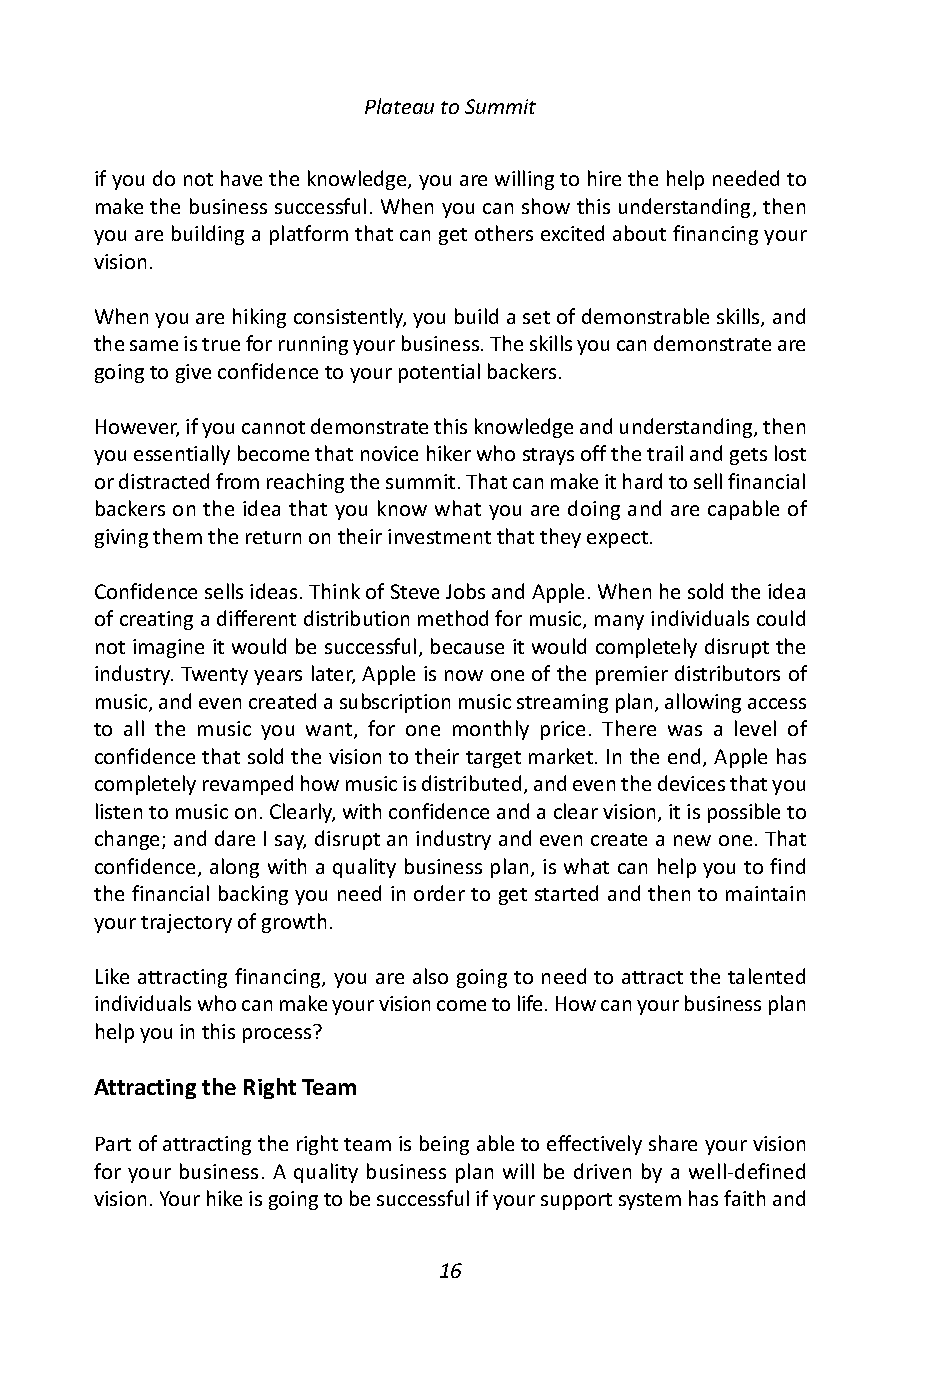
Plateau to Summit
 if you do not have the knowledge, you are willing to hire the help needed to
 make the business successful. When you can show this understanding, then
 you are building a platform that can get others excited about financing your
 vision.
 When you are hiking consistently, you build a set of demonstrable skills, and
 the same is true for running your business. The skills you can demonstrate are
 going to give confidence to your potential backers.
 However, if you cannot demonstrate this knowledge and understanding, then
 you essentially become that novice hiker who strays off the trail and gets lost
 or distracted from reaching the summit. That can make it hard to sell financial
 backers on the idea that you know what you are doing and are capable of
 giving them the return on their investment that they expect.
 Confidence sells ideas. Think of Steve Jobs and Apple. When he sold the idea
 of creating a different distribution method for music, many individuals could
 not imagine it would be successful, because it would completely disrupt the
 industry. Twenty years later, Apple is now one of the premier distributors of
 music, and even created a subscription music streaming plan, allowing access
 to all the music you want, for one monthly price. There was a level of
 confidence that sold the vision to their target market. In the end, Apple has
 completely revamped how music is distributed, and even the devices that you
 listen to music on. Clearly, with confidence and a clear vision, it is possible to
 change; and dare I say, disrupt an industry and even create a new one. That
 confidence, along with a quality business plan, is what can help you to find
 the financial backing you need in order to get started and then to maintain
 your trajectory of growth.
 Like attracting financing, you are also going to need to attract the talented
 individuals who can make your vision come to life. How can your business plan
 help you in this process?
 Attracting the Right Team
 Part of attracting the right team is being able to effectively share your vision
 for your business. A quality business plan will be driven by a well-defined
 vision. Your hike is going to be successful if your support system has faith and
 16